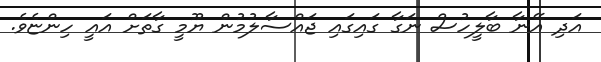
އަދި އޭނާ ބާލީހުސް ނަގާ ގައިގައި ޖައްސާލުމުން ޔޫމީ ގާތަށް އައީ ހިންޏެވެ.